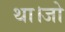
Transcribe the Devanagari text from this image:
था।जो